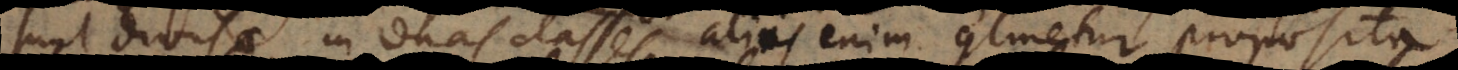
sunt divisae in duas classes aliis enim continetur proposita